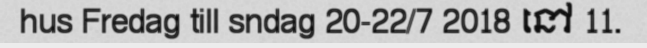
hus Fredag till sndag 20-22/7 2018 នៅ 11.